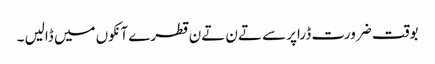
بوقت ضرورت ڈراپر سے تےن تےن قطرے آنکوں میں ڈالیں ۔